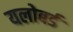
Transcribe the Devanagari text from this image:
यलोबर्ड